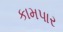
કામપાર